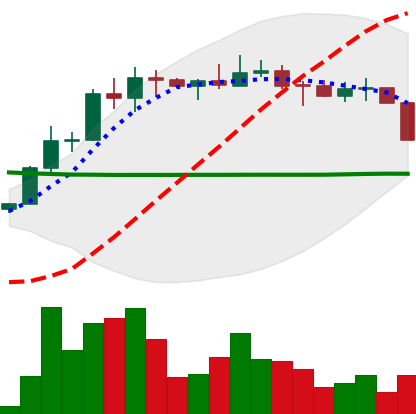
Ticker: ETC-USD
Chart end date: 2022-04-06
Forward return: -3.657%
Label: down_3_5